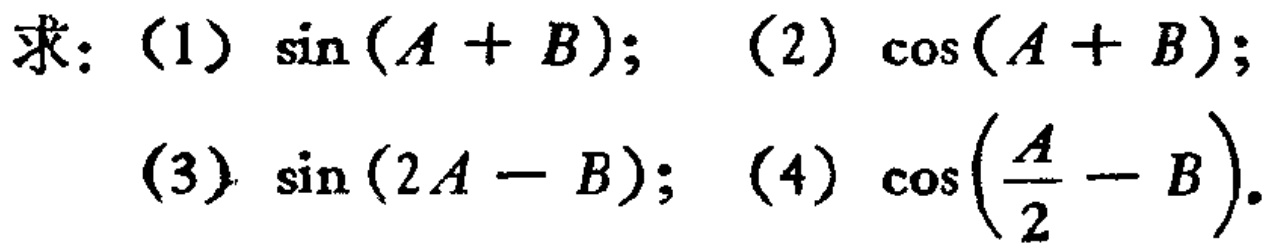
求：（1）\(\sin(A + B)\)；（2）\(\cos(A + B)\)；

（3）\(\sin(2A - B)\)；（4）\(\cos\left(\frac{A}{2}-B\right)\)。